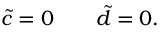
\quad \tilde { c } = 0 \quad \quad \tilde { d } = 0 .